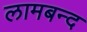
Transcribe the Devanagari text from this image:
लामबन्द